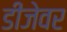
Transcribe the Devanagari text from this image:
डीजेवर